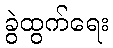
ခွဲထွက်ရေး